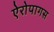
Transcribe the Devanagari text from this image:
ऐरोपागस